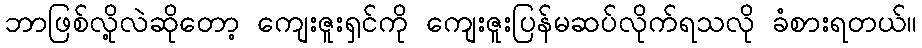
ဘာဖြစ်လို့လဲဆိုတော့ ကျေးဇူးရှင်ကို ကျေးဇူးပြန်မဆပ်လိုက်ရသလို ခံစားရတယ်။